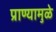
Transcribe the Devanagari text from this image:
प्राण्यामुळे